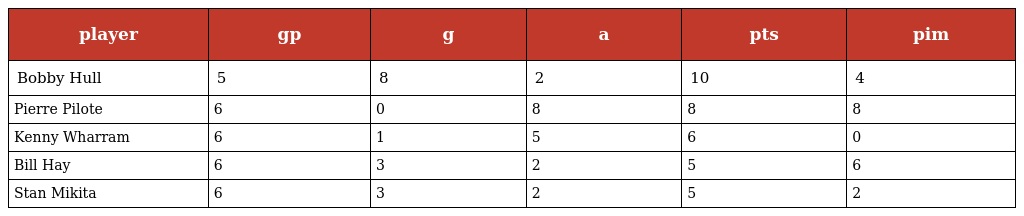
| player | gp | g | a | pts | pim |
 | --- | --- | --- | --- | --- | --- |
 | Bobby Hull | 5 | 8 | 2 | 10 | 4 |
 | Pierre Pilote | 6 | 0 | 8 | 8 | 8 |
 | Kenny Wharram | 6 | 1 | 5 | 6 | 0 |
 | Bill Hay | 6 | 3 | 2 | 5 | 6 |
 | Stan Mikita | 6 | 3 | 2 | 5 | 2 |